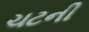
ચટની